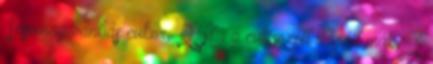
1csomag vaníliás cukor, 250 g cukrozott darált mák, 3